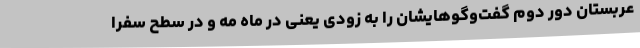
عربستان دور دوم گفت‌وگوهایشان را به زودی یعنی در ماه مه و در سطح سفرا